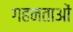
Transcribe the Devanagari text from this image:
गहनताओं